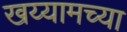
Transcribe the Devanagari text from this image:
खय्यामच्या